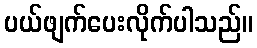
ပယ်ဖျက်ပေးလိုက်ပါသည်။